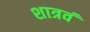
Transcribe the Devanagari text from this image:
शात्रवं